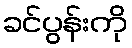
ခင်ပွန်းကို